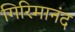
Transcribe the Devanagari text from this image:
गिरिमानंद